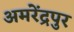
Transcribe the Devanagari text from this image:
अमरेंद्रपुर